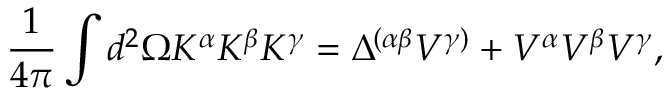
\frac { 1 } { 4 \pi } \int d ^ { 2 } \Omega K ^ { \alpha } K ^ { \beta } K ^ { \gamma } = \Delta ^ { ( \alpha \beta } V ^ { \gamma ) } + V ^ { \alpha } V ^ { \beta } V ^ { \gamma } ,